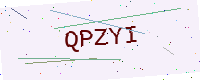
Text: QPZYI